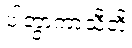
ပါတွာကာသီတိ